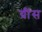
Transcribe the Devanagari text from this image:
ग्रींस